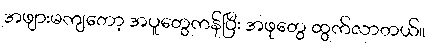
အဖျားမကျတော့ အပူတွေကန်ပြီး အဖုတွေ ထွက်လာတယ်။